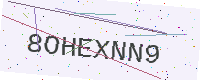
Text: 8OHEXNN9